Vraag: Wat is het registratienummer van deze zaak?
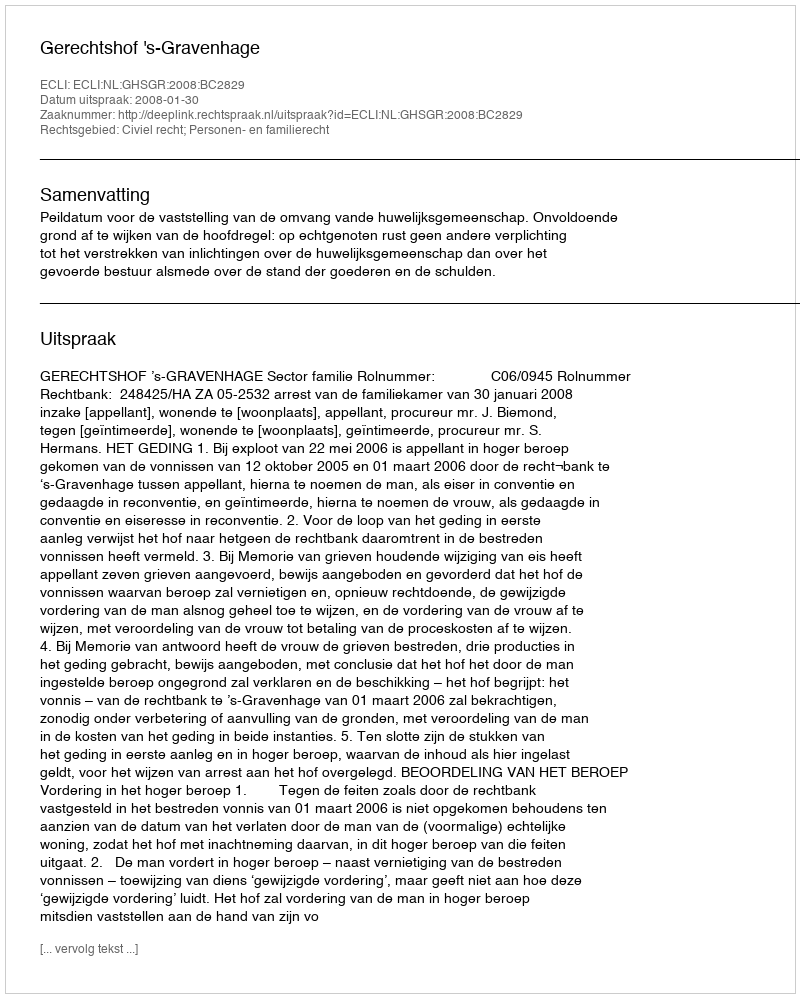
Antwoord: http://deeplink.rechtspraak.nl/uitspraak?id=ECLI:NL:GHSGR:2008:BC2829